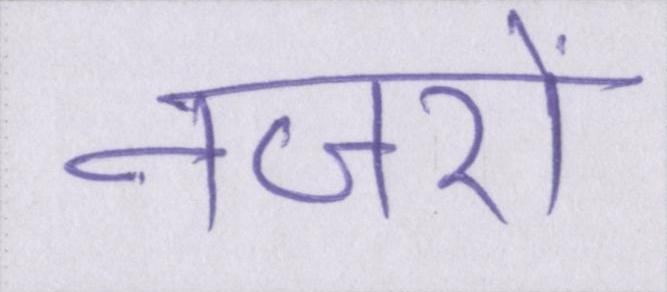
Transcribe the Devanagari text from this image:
नजरों